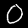
Label: 0